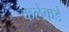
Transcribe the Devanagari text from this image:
कलेकडे